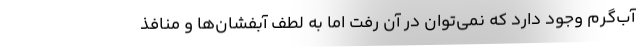
آب‌گرم وجود دارد که نمی‌توان در آن رفت اما به لطف آبفشان‌ها و منافذ